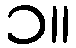
၁။